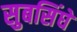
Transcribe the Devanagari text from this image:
सुबसिंघे